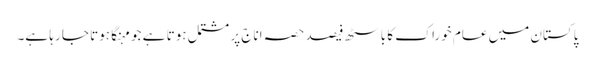
پاکستان میں عام خوراک کا باسٹھ فیصد حصہ اناج پر مشتمل ہوتا ہے جو مہنگا ہوتا جا رہا ہے۔